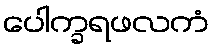
ပေါက္ခရဖလကံ